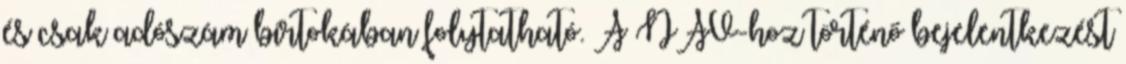
és csak adószám birtokában folytatható. A NAV-hoz történő bejelentkezést